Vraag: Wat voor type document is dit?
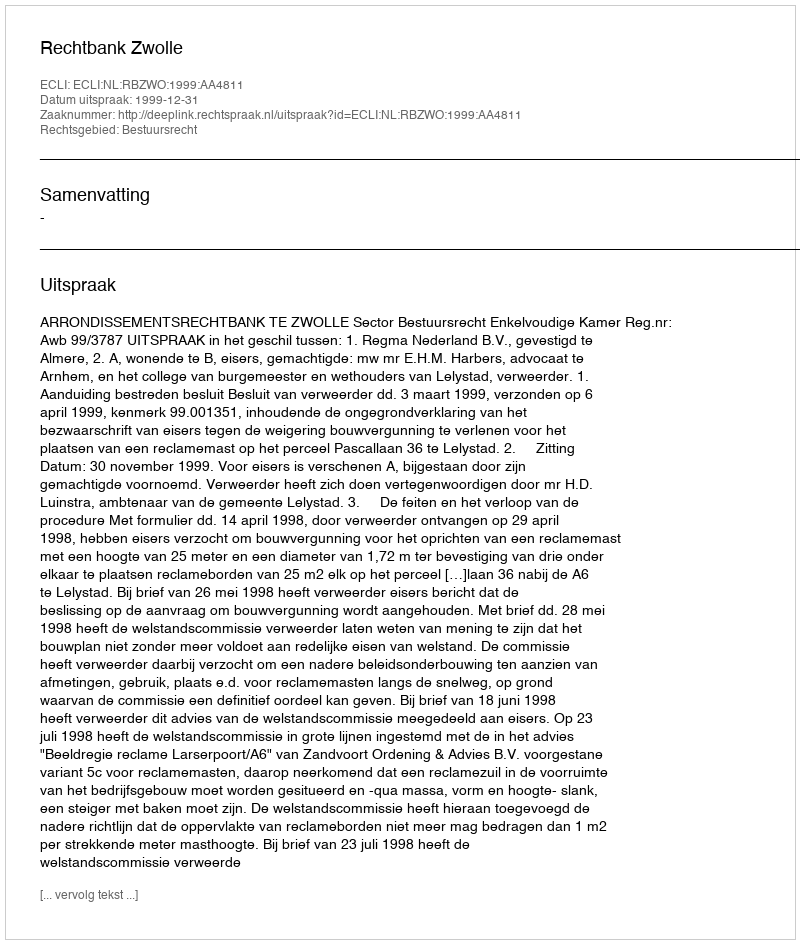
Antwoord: Uitspraak